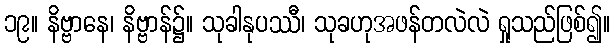
၁၉။ နိဗ္ဗာနေ၊ နိဗ္ဗာန်၌။ သုခါနုပဿီ၊ သုခဟုအဖန်တလဲလဲ ရှုသည်ဖြစ်၍။